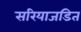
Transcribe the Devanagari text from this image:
सरियाजडित